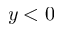
y < 0